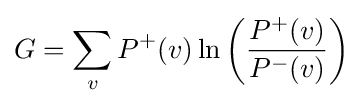
G=\sum _{v}{P^{+}(v)\ln \left({\frac {P^{+}(v)}{P^{-}(v)}}\right)}